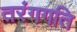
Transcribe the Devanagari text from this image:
तरंगगति